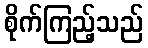
စိုက်ကြည့်သည်